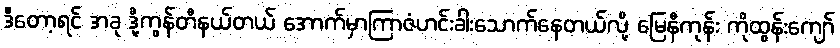
ဒီတော့ရင် အခု ဒို့ကွန်တီနယ်တယ် အောက်မှာကြာဇံဟင်းခါးသောက်နေတယ်လို့ မြေနီကုန်း ကိုထွန်းကျော်